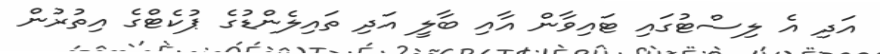
އަދި އެ ލިސްޓުގައި ޓައިވާން އާއި ބާލީ އަދި ތައިލެންޑުގެ ޕުކެޓްގެ އިތުރުން